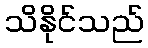
သိနိုင်သည်